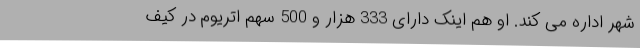
شهر اداره می کند. او هم اینک دارای 333 هزار و 500 سهم اتریوم در کیف